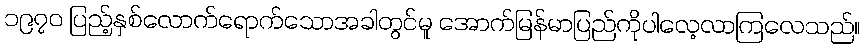
၁၉၇၀ ပြည့်နှစ်လောက်ရောက်သောအခါတွင်မူ အောက်မြန်မာပြည်ကိုပါလေ့လာကြလေသည်။